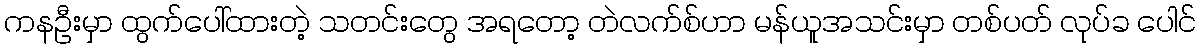
ကနဦးမှာ ထွက်ပေါ်ထားတဲ့ သတင်းတွေ အရတော့ တဲလက်စ်ဟာ မန်ယူအသင်းမှာ တစ်ပတ် လုပ်ခ ပေါင်